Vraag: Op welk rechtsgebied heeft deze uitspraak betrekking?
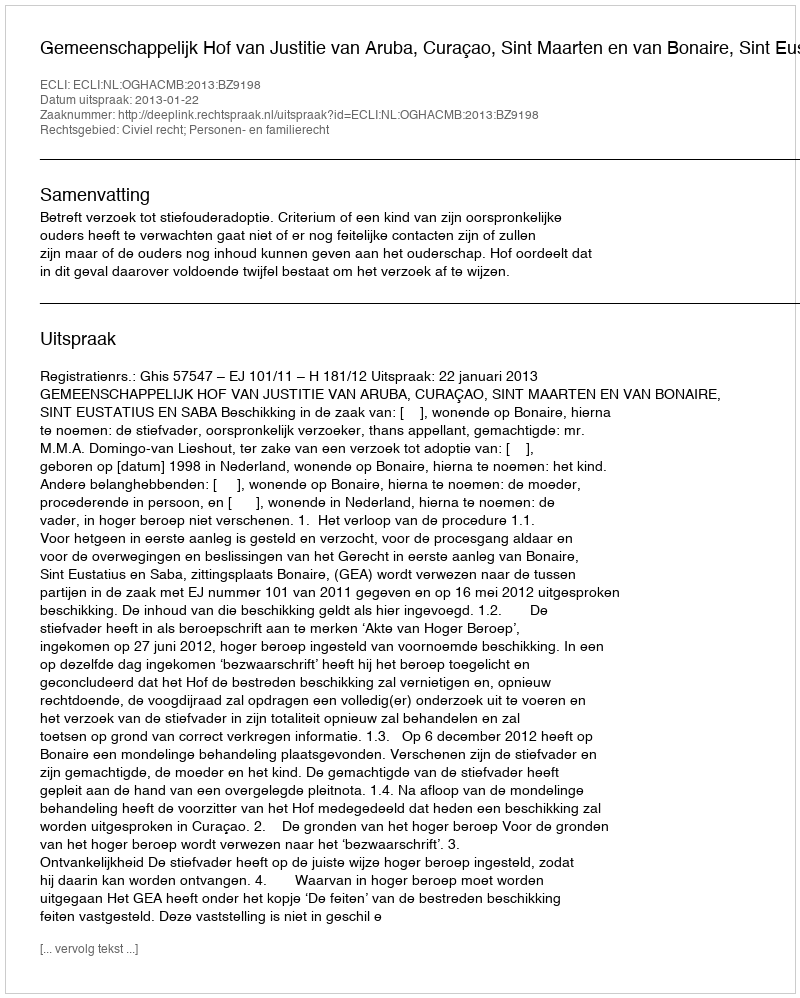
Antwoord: Civiel recht; Personen- en familierecht